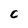
Character: C